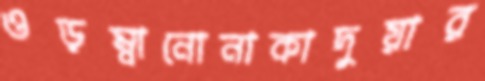
ওড়ম্বানোনাকাদুয়ার